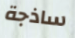
ساذجة